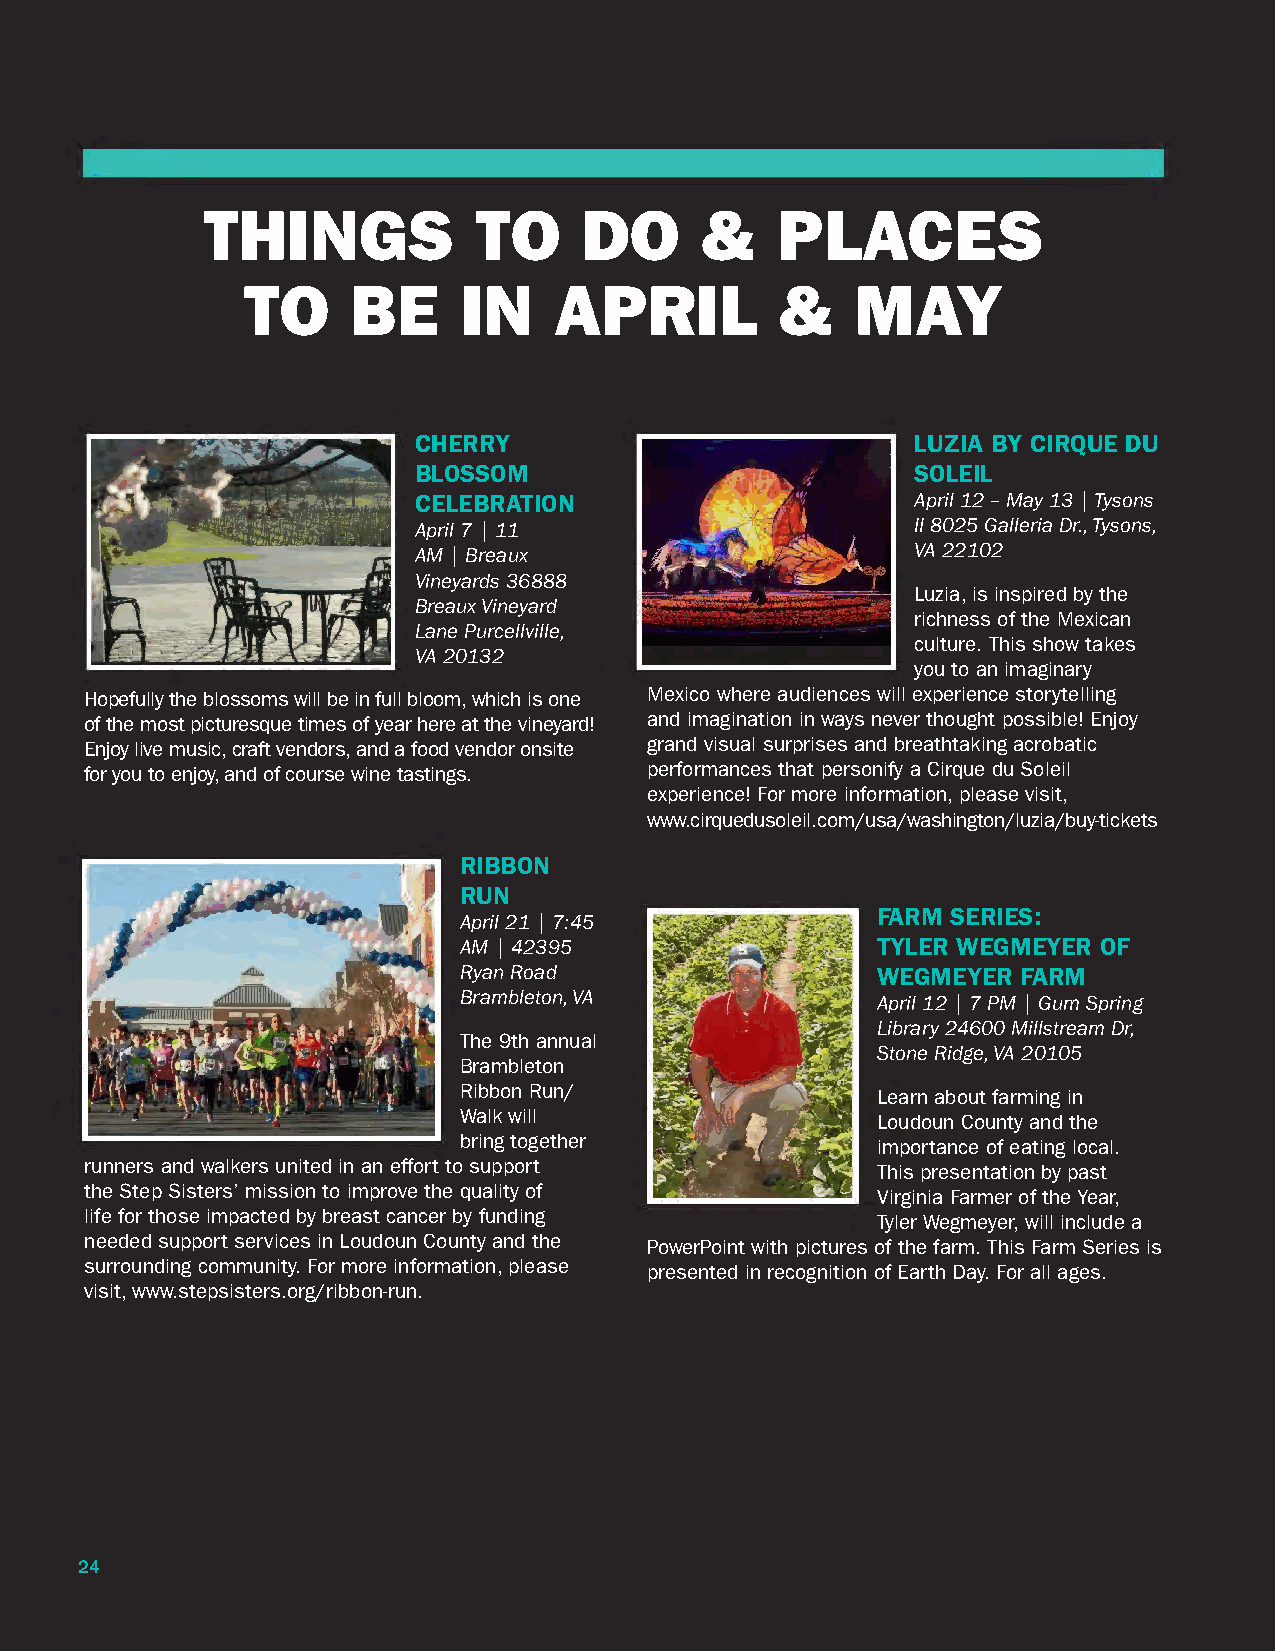
THINGS            TO     DO      &    PLACES
 TO     BE      IN    APRIL          &    MAY
 CHERRY                            LUZIA BY CIRQUE DU
 BLOSSOM                           SOLEIL
 CELEBRATION                       April 12 – May 13 | Tysons
 April 7 | 11                      II 8025 Galleria Dr., Tysons,
 AM | Breaux                       VA 22102
 Vineyards 36888
 Luzia, is inspired by the
 Breaux Vineyard
 richness of the Mexican
 Lane Purcellville,
 culture. This show takes
 VA 20132
 you to an imaginary
 Hopefully the blossoms will be in full bloom, which is one Mexico where audiences will experience storytelling
 of the most picturesque times of year here at the vineyard! and imagination in ways never thought possible! Enjoy
 Enjoy live music, craft vendors, and a food vendor onsite grand visual surprises and breathtaking acrobatic
 for you to enjoy, and of course wine tastings. performances that personify a Cirque du Soleil
 experience! For more information, please visit,
 www.cirquedusoleil.com/usa/washington/luzia/buy-tickets
 RIBBON
 RUN
 FARM SERIES:
 April 21 | 7:45
 AM | 42395                  TYLER WEGMEYER OF
 Ryan Road                   WEGMEYER  FARM
 Brambleton, VA              April 12 | 7 PM | Gum Spring
 Library 24600 Millstream Dr,
 The 9th annual
 Stone Ridge, VA 20105
 Brambleton
 Ribbon Run/                 Learn about farming in
 Walk will                   Loudoun County and the
 bring together              importance of eating local.
 runners and walkers united in an effort to support  This presentation by past
 the Step Sisters’ mission to improve the quality of Virginia Farmer of the Year,
 life for those impacted by breast cancer by funding Tyler Wegmeyer, will include a
 needed support services in Loudoun County and the PowerPoint with pictures of the farm. This Farm Series is
 surrounding community. For more information, please presented in recognition of Earth Day. For all ages.
 visit, www.stepsisters.org/ribbon-run.
 24